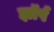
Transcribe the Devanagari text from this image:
झॉर्प